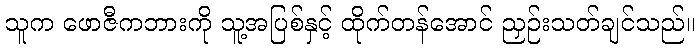
သူက ဖောဇီကဘားကို သူ့အပြစ်နှင့် ထိုက်တန်အောင် ညှဉ်းသတ်ချင်သည်။